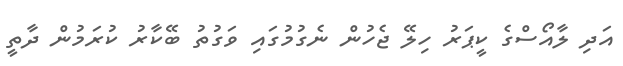
އަދި ލާއޯސްގެ ކީޕަރު ހިލޭ ޖެހުން ނެގުމުގައި ވަގުތު ބޭކާރު ކުރަމުން ދާތީ